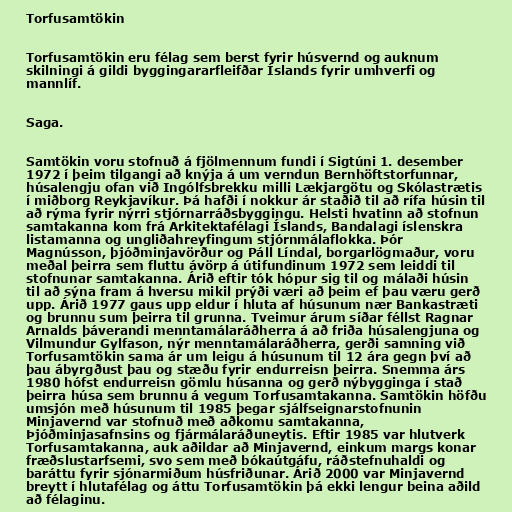
Torfusamtökin

Torfusamtökin eru félag sem berst fyrir húsvernd og auknum
skilningi á gildi byggingararfleifðar Íslands fyrir umhverfi og
mannlíf.

Saga.

Samtökin voru stofnuð á fjölmennum fundi í Sigtúni 1. desember
1972 í þeim tilgangi að knýja á um verndun Bernhöftstorfunnar,
húsalengju ofan við Ingólfsbrekku milli Lækjargötu og Skólastrætis
í miðborg Reykjavíkur. Þá hafði í nokkur ár staðið til að rífa húsin til
að rýma fyrir nýrri stjórnarráðsbyggingu. Helsti hvatinn að stofnun
samtakanna kom frá Arkitektafélagi Íslands, Bandalagi íslenskra
listamanna og ungliðahreyfingum stjórnmálaflokka. Þór
Magnússon, þjóðminjavörður og Páll Líndal, borgarlögmaður, voru
meðal þeirra sem fluttu ávörp á útifundinum 1972 sem leiddi til
stofnunar samtakanna. Árið eftir tók hópur sig til og málaði húsin
til að sýna fram á hversu mikil prýði væri að þeim ef þau væru gerð
upp. Árið 1977 gaus upp eldur í hluta af húsunum nær Bankastræti
og brunnu sum þeirra til grunna. Tveimur árum síðar féllst Ragnar
Arnalds þáverandi menntamálaráðherra á að friða húsalengjuna og
Vilmundur Gylfason, nýr menntamálaráðherra, gerði samning við
Torfusamtökin sama ár um leigu á húsunum til 12 ára gegn því að
þau ábyrgðust þau og stæðu fyrir endurreisn þeirra. Snemma árs
1980 hófst endurreisn gömlu húsanna og gerð nýbygginga í stað
þeirra húsa sem brunnu á vegum Torfusamtakanna. Samtökin höfðu
umsjón með húsunum til 1985 þegar sjálfseignarstofnunin
Minjavernd var stofnuð með aðkomu samtakanna,
Þjóðminjasafnsins og fjármálaráðuneytis. Eftir 1985 var hlutverk
Torfusamtakanna, auk aðildar að Minjavernd, einkum margs konar
fræðslustarfsemi, svo sem með bókaútgáfu, ráðstefnuhaldi og
baráttu fyrir sjónarmiðum húsfriðunar. Árið 2000 var Minjavernd
breytt í hlutafélag og áttu Torfusamtökin þá ekki lengur beina aðild
að félaginu.